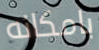
بامكانه